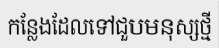
កន្លែងដែលទៅជួបមនុស្សថ្មី